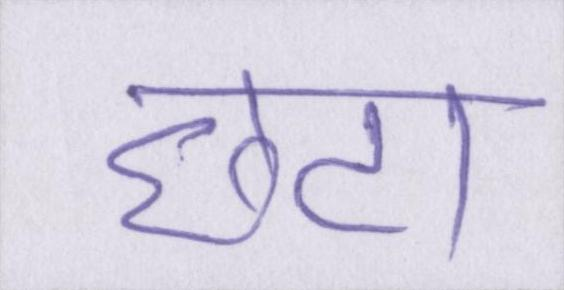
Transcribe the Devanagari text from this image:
छटा